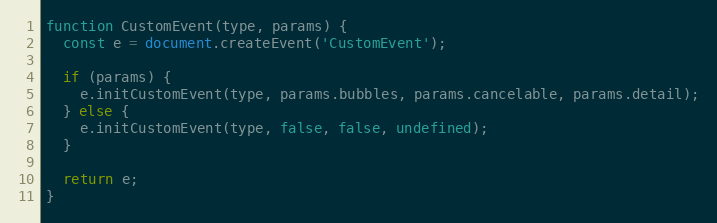
Language: JavaScript
function CustomEvent(type, params) {
  const e = document.createEvent('CustomEvent');

  if (params) {
    e.initCustomEvent(type, params.bubbles, params.cancelable, params.detail);
  } else {
    e.initCustomEvent(type, false, false, undefined);
  }

  return e;
}